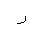
Letter: _ra